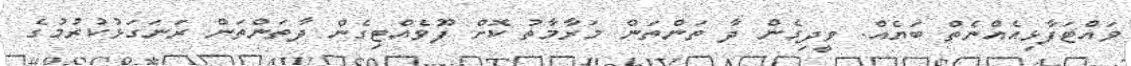
ވައްޓަފާޅިއެއްނެތް ބަޔެއް. ވީދިގެން ދާ ތަންތަން މަރާމާތު ކޮށް ފޫވެއްޓިގެން ދާތަންތަން ރަނަގަޅުކުރުމުގެ